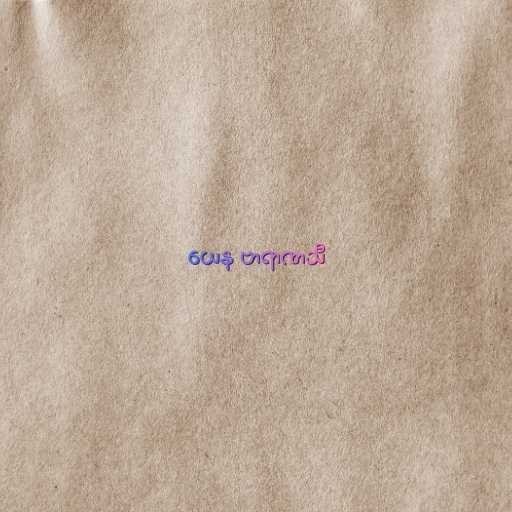
ယေန ဗာရာဏသီ